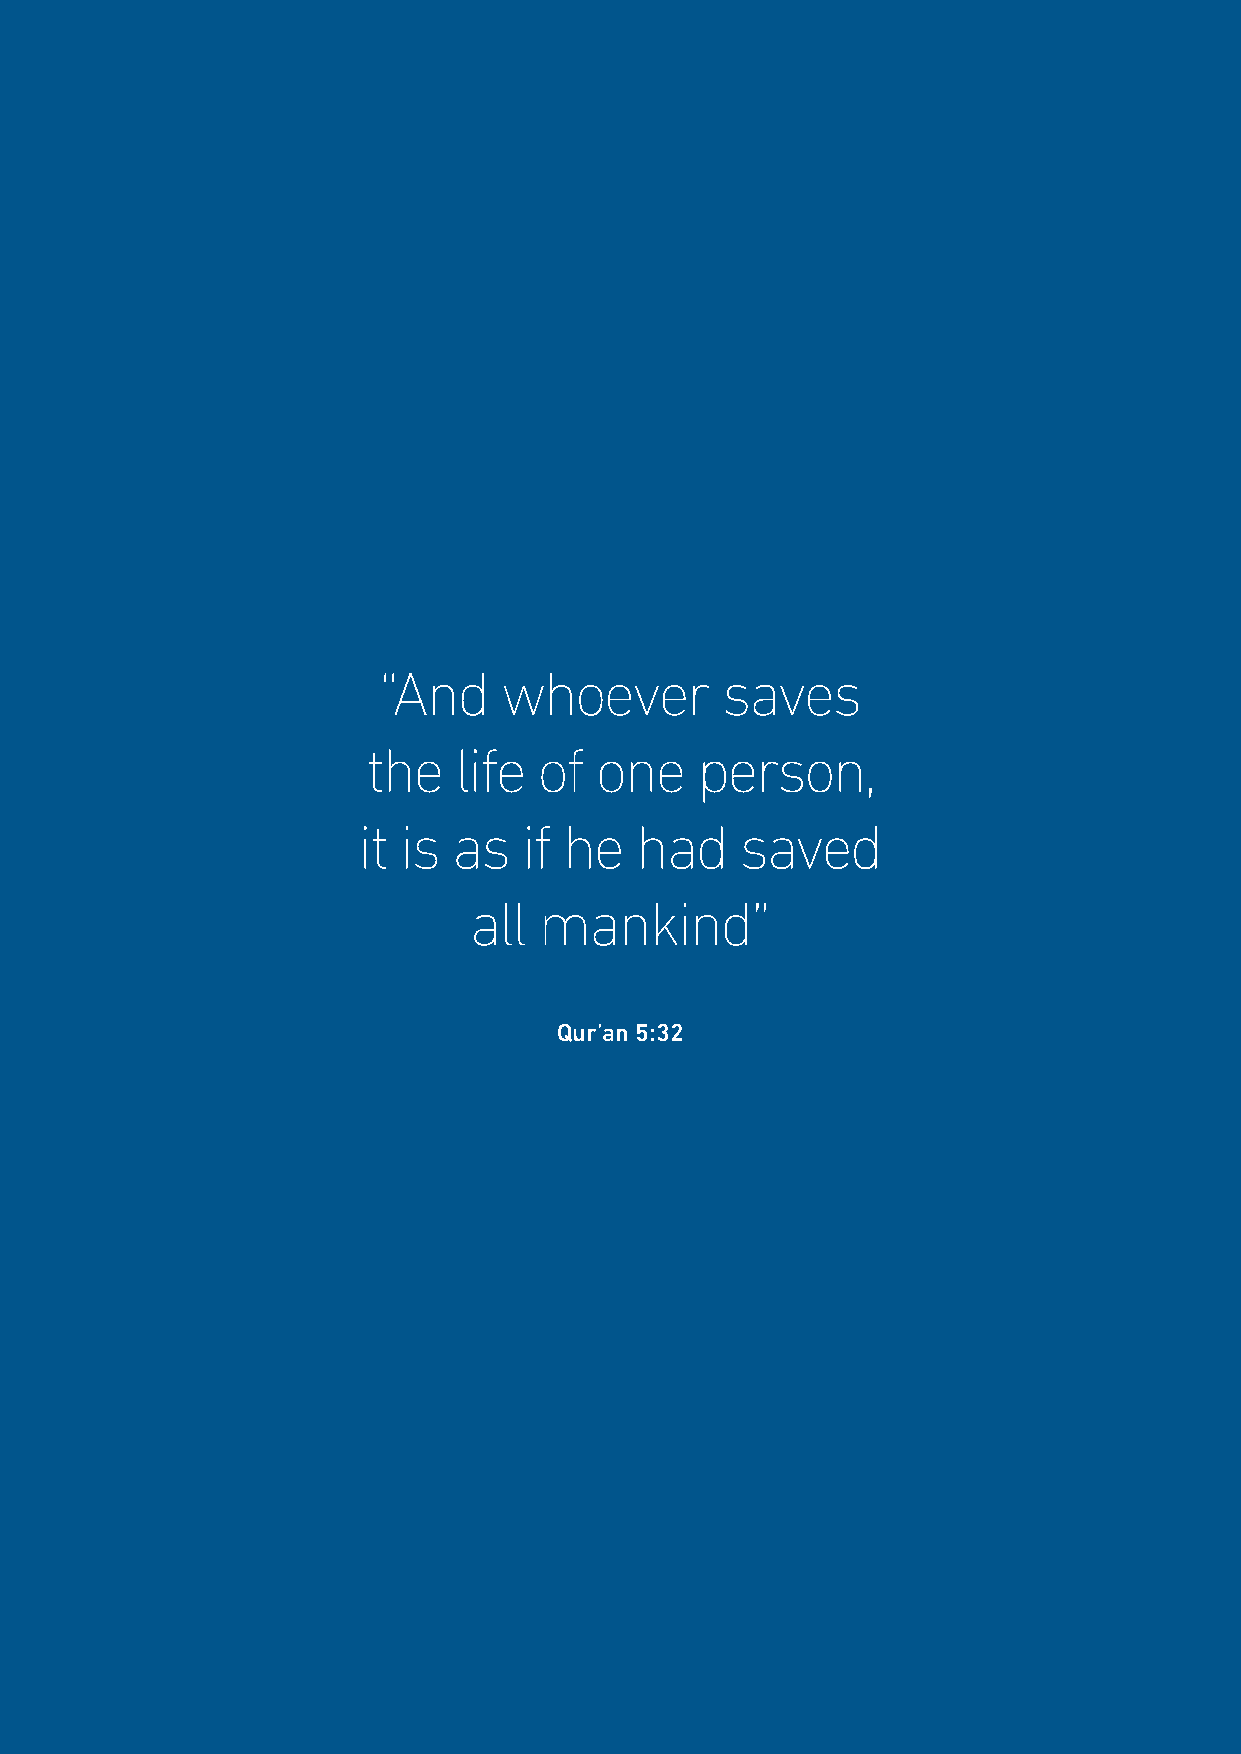
“And    whoever        saves
 the   life  of one    person,
 it is as   if he  had    saved
 all  mankind”
 Qur’an 5:32
 67